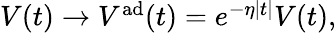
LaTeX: \begin{array}{r}{V(t)\rightarrow V^{\mathrm{ad}}(t)=e^{-\eta\vert t\vert}V(t),}\end{array}